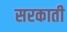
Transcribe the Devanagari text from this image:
सरकाती